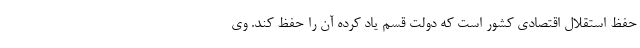
حفظ استقلال اقتصادی کشور است که دولت قسم یاد کرده آن را حفظ کند. وی